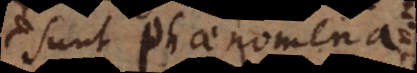
sunt phaenomena